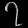
Digit: ၇